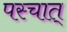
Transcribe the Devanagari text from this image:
पस्चात्